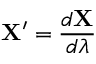
\mathbf { X } ^ { \prime } = \frac { d \mathbf { X } } { d \lambda }